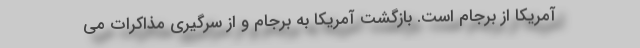
آمریکا از برجام است. بازگشت آمریکا به برجام و از سرگیری مذاکرات می